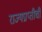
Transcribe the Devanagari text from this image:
राज्यप्राप्तीची